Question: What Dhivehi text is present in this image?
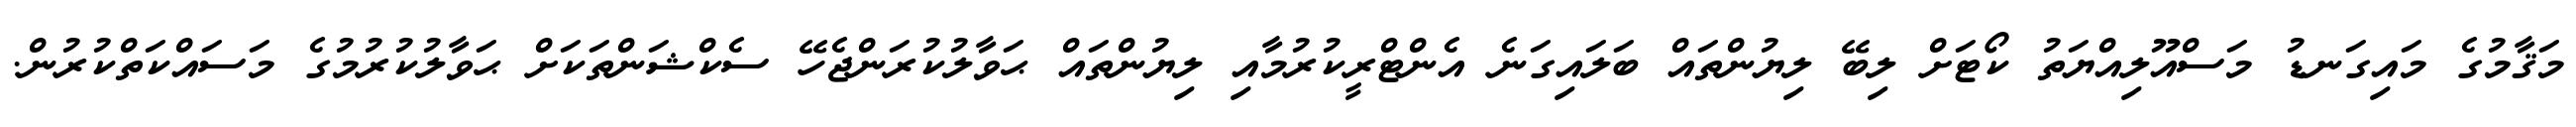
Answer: މަޤާމުގެ މައިގަނޑު މަސްއޫލިއްޔަތު ކޯޓަށް ލިބޭ ލިޔުންތައް ބަލައިގަނެ އެންޓްރީކުރުމާއި ލިޔުންތައް ޙަވާލުކުރަންޖެހޭ ސެކްޝަންތަކަށް ޙަވާލުކުރުމުގެ މަސައްކަތްކުރުން.